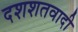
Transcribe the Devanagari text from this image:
दशशतवादी